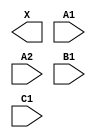
module sky130_fd_sc_hs__o211a (
    X ,
    A1,
    A2,
    B1,
    C1
);

    output X ;
    input  A1;
    input  A2;
    input  B1;
    input  C1;

    // Voltage supply signals
    supply1 VPWR;
    supply0 VGND;

endmodule